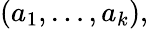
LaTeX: (a_{1},\ldots,a_{k}),